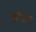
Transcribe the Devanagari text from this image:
कटंकट